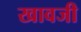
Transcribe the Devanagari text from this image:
खावजी